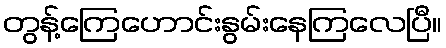
တွန့်ကြေဟောင်းနွမ်းနေကြလေပြီ။